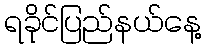
ရခိုင်ပြည်နယ်နေ့